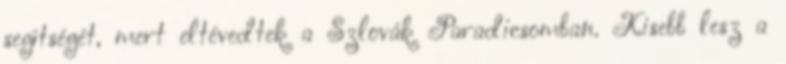
segítségét, mert eltévedtek a Szlovák Paradicsomban. Kisebb lesz a